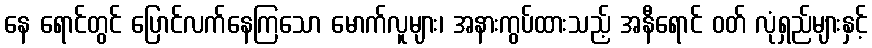
နေ ရောင်တွင် ပြောင်လက်နေကြသော မောက်လူများ၊ အနားကွပ်ထားသည့် အနီရောင် ဝတ် လုံရှည်များနှင့်